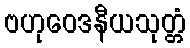
ဗဟုဝေဒနီယသုတ္တံ